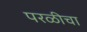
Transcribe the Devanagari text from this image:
परळीचा